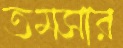
তমসার